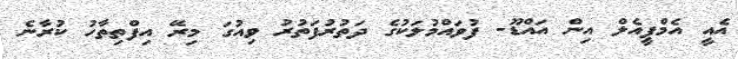
އެއީ އެމްޕީއެލް އިން އައްޑޫ- ފުވައްމުލަކުގެ ދަތުރުފަތުރު ވިއުގަ މިރޭ އިފްތިތާހު ކުރާނެ